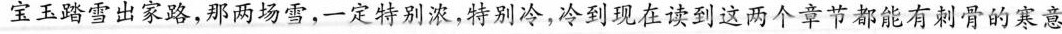
宝玉踏雪出家路，那两场雪，-定特别浓，特别冷，冷到现在读到这两个章节都能有刺骨的寒意